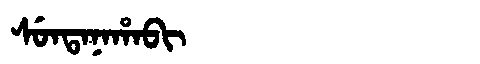
Manchu: ᠰᡠᠨᡨᠠᠨᠠᡥᠠᠪᡳ
Romanization: SUNTANAHABI